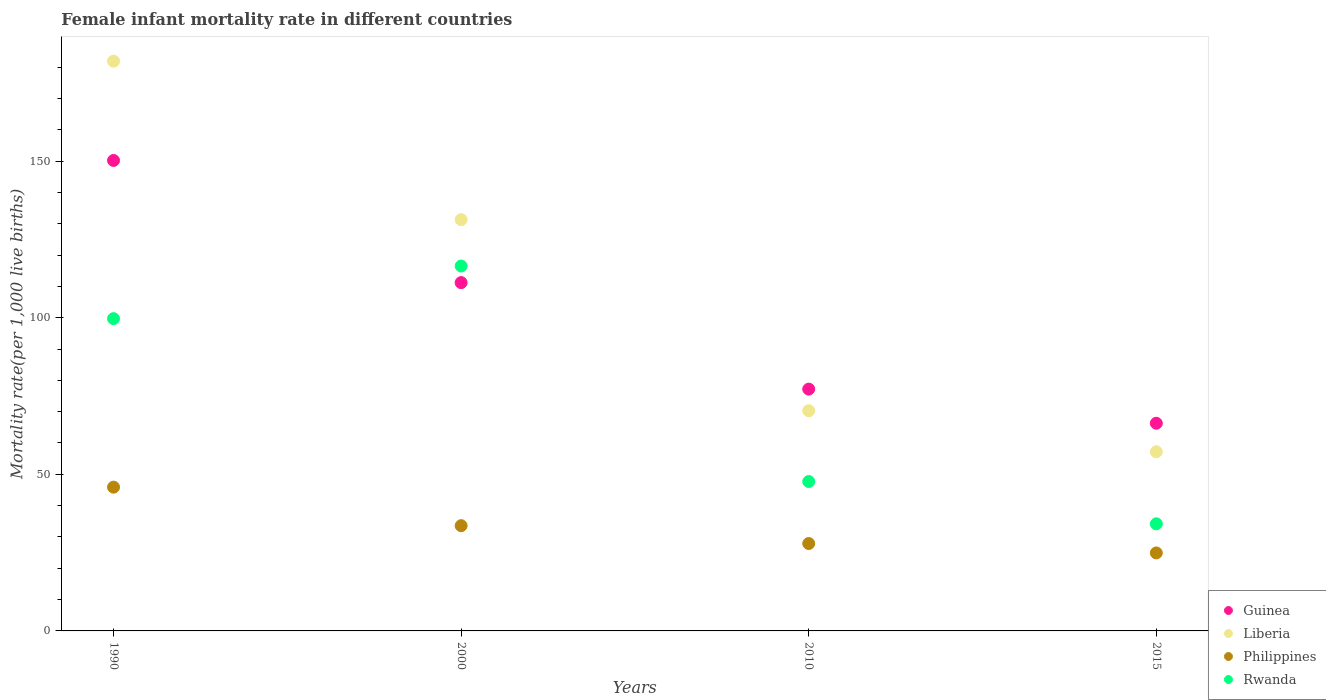
| Years | Guinea | Liberia | Philippines | Rwanda |
 | --- | --- | --- | --- | --- |
 | 1990 | 150 | 182 | 45.9 | 99.7 |
 | 2000 | 111 | 131 | 33.6 | 116 |
 | 2010 | 77.2 | 70.3 | 27.9 | 47.7 |
 | 2015 | 66.3 | 57.2 | 24.9 | 34.2 |